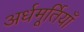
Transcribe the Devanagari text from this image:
अर्धमूर्तियाँ